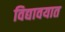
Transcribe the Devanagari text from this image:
विद्यावयात